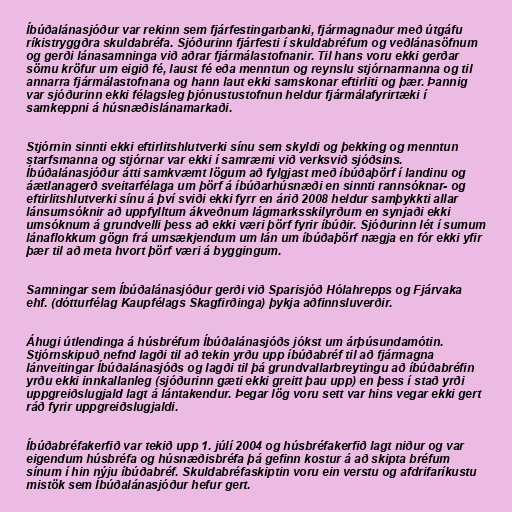
Íbúðalánasjóður var rekinn sem fjárfestingarbanki, fjármagnaður með útgáfu
ríkistryggðra skuldabréfa. Sjóðurinn fjárfesti í skuldabréfum og veðlánasöfnum
og gerði lánasamninga við aðrar fjármálastofnanir. Til hans voru ekki gerðar
sömu kröfur um eigið fé, laust fé eða menntun og reynslu stjórnarmanna og til
annarra fjármálastofnana og hann laut ekki samskonar eftirliti og þær. Þannig
var sjóðurinn ekki félagsleg þjónustustofnun heldur fjármálafyrirtæki í
samkeppni á húsnæðislánamarkaði.

Stjórnin sinnti ekki eftirlitshlutverki sínu sem skyldi og þekking og menntun
starfsmanna og stjórnar var ekki í samræmi við verksvið sjóðsins.
Íbúðalánasjóður átti samkvæmt lögum að fylgjast með íbúðaþörf í landinu og
áætlanagerð sveitarfélaga um þörf á íbúðarhúsnæði en sinnti rannsóknar- og
eftirlitshlutverki sínu á því sviði ekki fyrr en árið 2008 heldur samþykkti allar
lánsumsóknir að uppfylltum ákveðnum lágmarksskilyrðum en synjaði ekki
umsóknum á grundvelli þess að ekki væri þörf fyrir íbúðir. Sjóðurinn lét í sumum
lánaflokkum gögn frá umsækjendum um lán um íbúðaþörf nægja en fór ekki yfir
þær til að meta hvort þörf væri á byggingum.

Samningar sem Íbúðalánasjóður gerði við Sparisjóð Hólahrepps og Fjárvaka
ehf. (dótturfélag Kaupfélags Skagfirðinga) þykja aðfinnsluverðir.

Áhugi útlendinga á húsbréfum Íbúðalánasjóðs jókst um árþúsundamótin.
Stjórnskipuð nefnd lagði til að tekin yrðu upp íbúðabréf til að fjármagna
lánveitingar Íbúðalánasjóðs og lagði til þá grundvallarbreytingu að íbúðabréfin
yrðu ekki innkallanleg (sjóðurinn gæti ekki greitt þau upp) en þess í stað yrði
uppgreiðslugjald lagt á lántakendur. Þegar lög voru sett var hins vegar ekki gert
ráð fyrir uppgreiðslugjaldi.

Íbúðabréfakerfið var tekið upp 1. júlí 2004 og húsbréfakerfið lagt niður og var
eigendum húsbréfa og húsnæðisbréfa þá gefinn kostur á að skipta bréfum
sínum í hin nýju íbúðabréf. Skuldabréfaskiptin voru ein verstu og afdrifaríkustu
mistök sem Íbúðalánasjóður hefur gert.